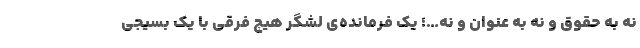
نه به حقوق و نه به عنوان و نه…؛ یک فرمانده‌ی لشگر هیچ فرقی با یک بسیجی